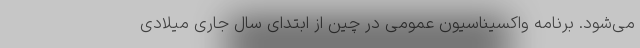
می‌شود. برنامه واکسیناسیون عمومی در چین از ابتدای سال جاری میلادی